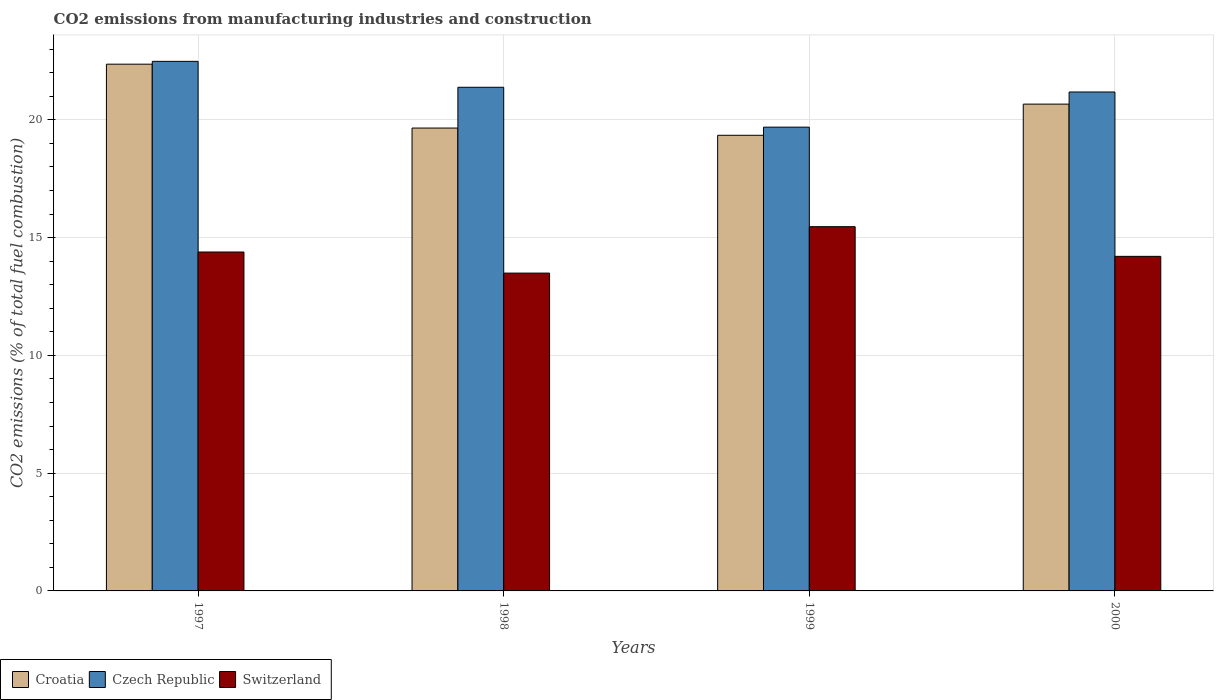
| Years | Croatia | Czech Republic | Switzerland |
 | --- | --- | --- | --- |
 | 1997 | 22.4 | 22.5 | 14.4 |
 | 1998 | 19.7 | 21.4 | 13.5 |
 | 1999 | 19.3 | 19.7 | 15.5 |
 | 2000 | 20.7 | 21.2 | 14.2 |